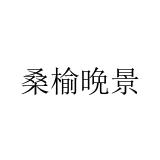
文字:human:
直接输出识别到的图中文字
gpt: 桑榆晩景